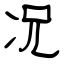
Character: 况